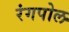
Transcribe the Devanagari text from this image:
रंगपोल